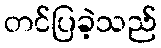
တင်ပြခဲ့သည်